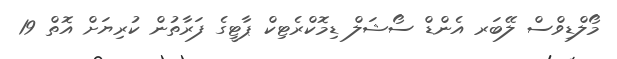
މޯލްޑިވްސް ލޭބަރ އެންޑް ސޯޝަލް ޑިމޮކްރެޓިކް ޕާޓީގެ ފަރާތުން ކުރިޔަށް އޮތް 19